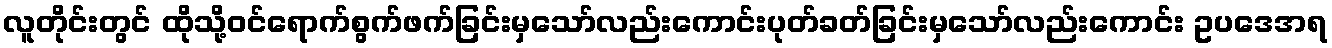
လူတိုင်းတွင် ထိုသို့ဝင်ရောက်စွက်ဖက်ခြင်းမှသော်လည်းကောင်းပုတ်ခတ်ခြင်းမှသော်လည်းကောင်း ဥပဒေအရ